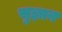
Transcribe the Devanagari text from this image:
सुज्ञान